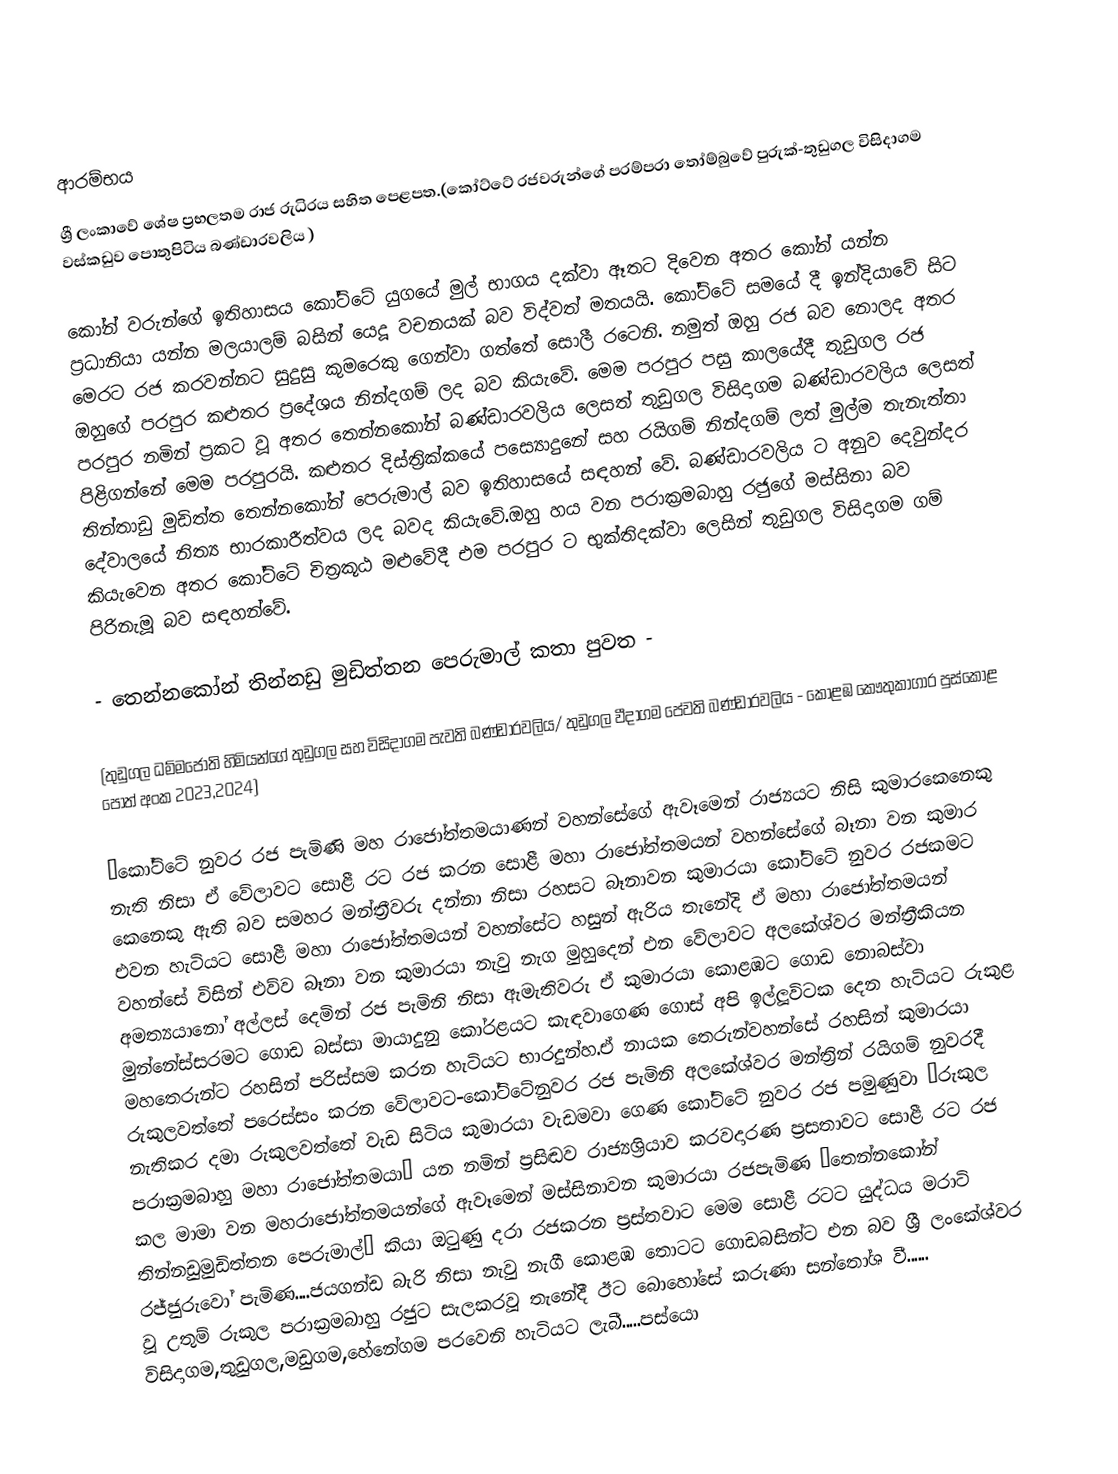

ආරම්භය
ශ්‍රී ලංකාවේ ශේෂ ප්‍රභලතම රාජ රුධිරය සහිත පෙළපත.(කෝට්ටේ රජවරුන්ගේ පරම්පරා තෝම්බුවේ පුරුක්-තුඩුගල විසිදාගම වස්කඩුව පොතුපිටිය බණ්ඩාරවලිය )

කෝන් වරුන්ගේ ඉතිහාසය කෝට්ටේ යුගයේ මුල් භාගය දක්වා ඈතට දිවෙන අතර කෝන් යන්න ප්‍රධානියා යන්න මලයාලම් බසින් යෙදූ වචනයක් බව විද්වත් මතයයි. කෝට්ටේ සමයේ දී ඉන්දියාවේ සිට මෙරට රජ කරවන්නට සුදුසු කුමරෙකු ගෙන්වා ගත්තේ සොලී රටෙනි. නමුත් ඔහු රජ බව නොලද අතර ඔහුගේ පරපුර කළුතර  ප්‍රදේශය නින්දගම් ලද බව කියැවේ. මෙම පරපුර පසු කාලයේදී තුඩුගල රජ පරපුර නමින් ප්‍රකට වූ අතර තෙන්නකෝන් බණ්ඩාරවලිය ලෙසත් තුඩුගල විසිදාගම බණ්ඩාරවලිය ලෙසත් පිළිගන්නේ මෙම පරපුරයි. කළුතර දිස්ත්‍රික්කයේ පස්‍යොදුනේ සහ රයිගම් නින්දගම් ලත් මුල්ම තැනැත්තා තින්තාඩු මුඩිත්ත තෙන්නකෝන් පෙරුමාල් බව ඉතිහාසයේ සඳහන් වේ. බණ්ඩාරවලිය ට අනුව දෙවුන්දර දේවාලයේ නිත්‍ය භාරකාරීත්වය ලද බවද කියැවේ.ඔහු හය වන පරාක්‍රමබාහු රජුගේ මස්සිනා බව කියැවෙන අතර කෝට්ටේ චිත්‍රකූඨ මළුවේදී එම පරපුර ට භුක්තිදක්වා ලෙසින් තුඩුගල විසිදාගම ගම් පිරිනැමූ බව සඳහන්වේ.

- තෙන්නකෝන් තින්නඩු මුඩිත්තන පෙරුමාල් කතා පුවත -

(තුඩුගල  ධම්මජෝති හිමියන්ගේ තුඩුගල සහ විසිදාගම පැවති බණ්ඩාරවලිය/ තුඩුගල වීදාගම පේවති බණ්ඩාරවලිය - කොළඹ කෞතුකාගාර පුස්කොළ පොත් අංක 2023,2024)

”කෝට්ටේ නුවර රජ පැමිණි මහ රාජෝත්තමයාණන් වහන්සේගේ ඇවෑමෙන් රාජ්‍යයට නිසි කුමාරකෙනෙකු නැති නිසා ඒ වේලාවට සොළී රට රජ කරන සොළී මහා රාජෝත්තමයන් වහන්සේගේ බෑනා වන කුමාර කෙනෙකු ඇති බව සමහර මන්ත්‍රීවරු දන්නා නිසා රහසට බෑනාවන කුමාරයා කෝට්ටේ නුවර රජකමට එවන හැටියට සොළී මහා රාජෝත්තමයන් වහන්සේට හසුන් ඇරිය තැනේදි ඒ මහා රාජෝත්තමයන් වහන්සේ විසින් එව්ව බෑනා වන කුමාරයා නැවු නැග මුහුදෙන් එන වේලාවට අලකේශ්වර මන්ත්‍රීකියන අමත්‍යයානෝ අල්ලස් දෙමින් රජ පැමිනි නිසා ඇමැතිවරු ඒ කුමාරයා කොළඹට ගොඩ නොබස්වා මුන්නේස්සරමට ගොඩ බස්සා මායාදුනු කෝරළයට කැඳවාගෙණ ගොස් අපි ඉල්ලූවිටක දෙන හැටියට රුකුළ මහතෙරුන්ට රහසින් පරිස්සම කරන හැටියට භාරදුන්හ.ඒ නායක තෙරුන්වහන්සේ රහසින් කුමාරයා රුකුලවත්තේ පරෙස්සං කරන වේලාවට-කෝට්ටේනුවර රජ පැමිනි අලකේශ්වර මන්ත්‍රින් රයිගම් නුවරදී නැතිකර දමා රුකුලවත්තේ වැඩ සිටිය කුමාරයා වැඩමවා ගෙණ කෝට්ටේ නුවර රජ පමුණුවා ”රුකුල පරාක්‍රමබාහු මහා රාජෝත්තමයා” යන නමින් ප්‍රසිඬව රාජ්‍යශ්‍රියාව කරවදාරණ ප්‍රසතාවට සොළී රට රජ කල මාමා වන මහරාජෝත්තමයන්ගේ ඇවෑමෙන් මස්සිනාවන කුමාරයා රජපැමිණ ”තෙන්නකෝන් තින්නඩුමුඩිත්තන පෙරුමාල්” කියා ඔටුණු දරා රජකරන ප්‍රස්තවාට මෙම සොළී රටට යුද්ධය මරාටි රජ්ජුරුවෝ පැමිණ....ජයගන්ඩ බැරි නිසා නැවු නැගී කොළඹ තොටට ගොඩබසින්ට එන බව ශ්‍රී ලංකේශ්වර වූ උතුම් රුකුල පරාක්‍රමබාහු රජුට සැලකරවූ තැනේදී ඊට බොහෝසේ කරුණා සන්තෝශ වී...... විසිදාගම,තුඩුගල,මඩුගම,හේනේගම පරවෙනි හැටියට ලැබී.....පස්යො